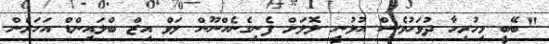
"ބޭބީ މިހުރިހާ ދުވަހުވެސް އުޅުނީ ލޮލަށް ފެނިގެނެއްނޫން ލަވް އިޒް ބްލައިންޑް އަހަރެން